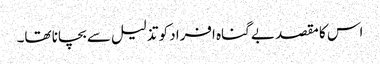
اس کا مقصد بے گناہ افراد کو تذلیل سے بچانا تھا۔